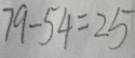
7 9 - 5 4 = 2 5